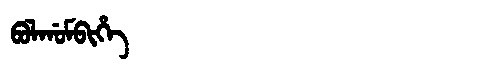
Manchu: ᠪᠣᠯᡤᠣᠮᠪᡳᡥᡝ
Romanization: BOLGOMBIHE